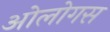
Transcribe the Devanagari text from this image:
ओलोगस